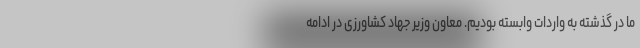
ما در گذشته به واردات وابسته بودیم. معاون وزیر جهاد کشاورزی در ادامه